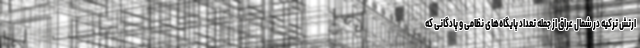
ارتش ترکیه در شمال عراق از جمله تعداد پایگاه‌های نظامی و پادگانی که